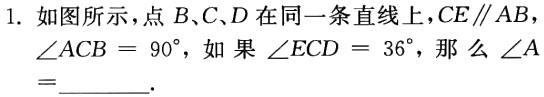
1. 如图所示，点\(B、C、D\)在同一条直线上，\(CE\parallel AB\)，\(\angle ACB = 90^{\circ}\)，如果\(\angle ECD = 36^{\circ}\)，那么\(\angle A=\)______.